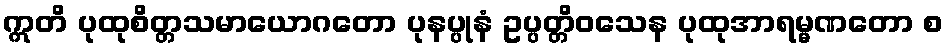
ဣတိ ပုထုစိတ္တသမာယောဂတော ပုနပ္ပုနံ ဥပ္ပတ္တိဝသေန ပုထုအာရမ္မဏတော စ